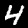
Label: 4